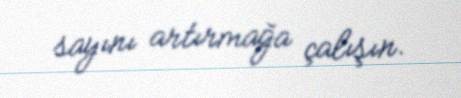
sayını artırmağa çalışın.